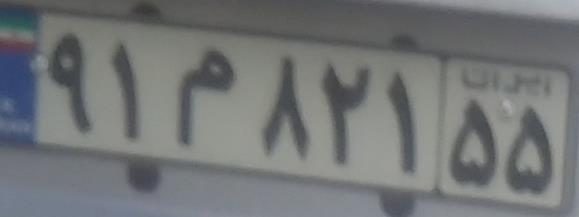
۹۱م۸۲۱۵۵